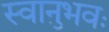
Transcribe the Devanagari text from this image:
स्वानुभवः